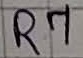
Text: R7